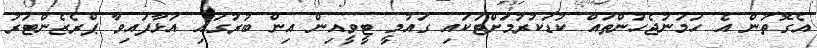
އެގޮތުން އެ ހަމަނުޖެހުންތައް ކުޑަކުރުމަށްޓަކައި ގައުމީ ޓީވީއިން އިން ބުރުގައި އަޅާފައިވާ ޕްރެޒެންޓަރު